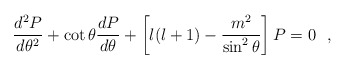
\begin{align*}\frac{d^2P}{d\theta^2} + \cot \theta \frac{dP}{d\theta}+\left[l(l+1)-\frac{m^2}{\sin^2 \theta}\right]P = 0~~,\end{align*}